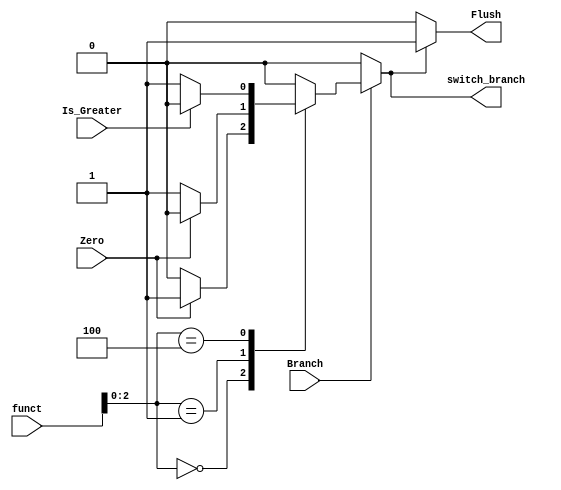
`timescale 1ns / 1ps
//////////////////////////////////////////////////////////////////////////////////
// Company: 
// Engineer: 
// 
// Design Name: 
// Module Name: Branch_control_task3
// Project Name: 
// Target Devices: 
// Tool Versions: 
// Description: 
// 
// Dependencies: 
// 
// Revision:
// Revision 0.01 - File Created
// Additional Comments:
// 
//////////////////////////////////////////////////////////////////////////////////


module Branch_control_task3
(
    input Branch, Zero, Is_Greater,
    input [3:0] funct,
    output reg switch_branch, Flush
);


always @(*) begin

    
    if (Branch) begin

        case ({funct[2:0]})
            3'b000: switch_branch = Zero ? 1 : 0;
            3'b001: switch_branch = Zero ? 0 : 1;
            //3'b101: switch_branch = Is_Greater ? 1 : 0;
            3'b100: switch_branch = Is_Greater ? 0 : 1;
            default: switch_branch = 0;
        endcase
    
    end
    
    else
        switch_branch = 0;
end

always @(switch_branch) begin
    if(switch_branch) Flush <= 1;

    else Flush <= 0;
    
end

endmodule